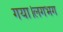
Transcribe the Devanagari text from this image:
गया।लगभग